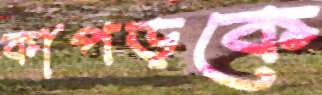
কাপড়কে